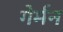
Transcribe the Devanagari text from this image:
गेर्मन